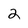
Character: 2